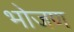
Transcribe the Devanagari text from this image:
भोजण